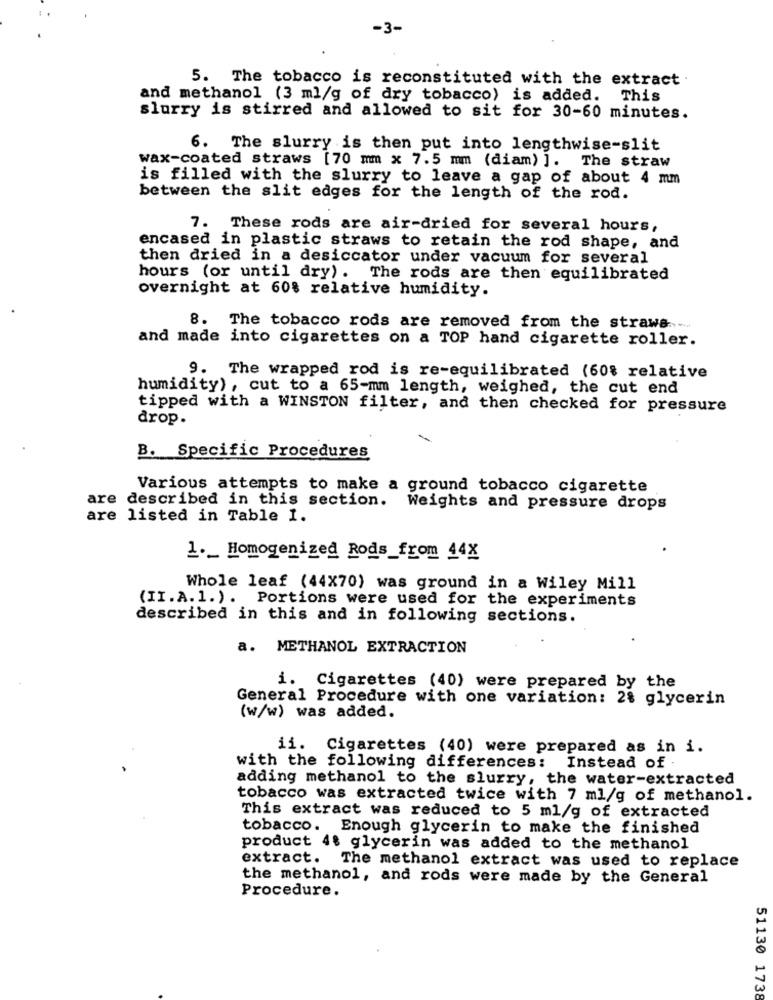
-3-
5. The tobacco is reconstituted with the extract
and methanol (3 ml/g of dry tobacco) is added. This
slurry is stirred and allowed to sit for 30-60 minutes.
6. The slurry is then put into lengthwise-slit
wax-coated straws [70 mm x 7.5 mm (diam) ]. The straw
is filled with the slurry to leave a gap of about 4 mm
between the slit edges for the length of the rod.
7. These rods are air-dried for several hours,
encased in plastic straws to retain the rod shape, and
then dried in a desiccator under vacuum for several
hours (or until dry). The rods are then equilibrated
overnight at 60% relative humidity.
8. The tobacco rods are removed from the straws.
and made into cigarettes on a TOP hand cigarette roller.
9. The wrapped rod is re-equilibrated (60% relative
humidity), cut to a 65-mm length, weighed, the cut end
tipped with a WINSTON filter, and then checked for pressure
drop.
-
B. Specific Procedures
Various attempts to make a ground tobacco cigarette
are described in this section. Weights and pressure drops
are listed in Table I.
1 ._ Homogenized Rods_from 44X
Whole leaf (44X70) was ground in a Wiley Mill
(II.A.1. ) . Portions were used for the experiments
described in this and in following sections.
a. METHANOL EXTRACTION
i. Cigarettes (40) were prepared by the
General Procedure with one variation: 28 glycerin
(w/w) was added.
ii. Cigarettes (40) were prepared as in i.
with the following differences: Instead of
adding methanol to the slurry, the water-extracted
tobacco was extracted twice with 7 ml/g of methanol.
This extract was reduced to 5 ml/g of extracted
tobacco. Enough glycerin to make the finished
product 4: glycerin was added to the methanol
extract. The methanol extract was used to replace
the methanol, and rods were made by the General
Procedure.
51130 1738